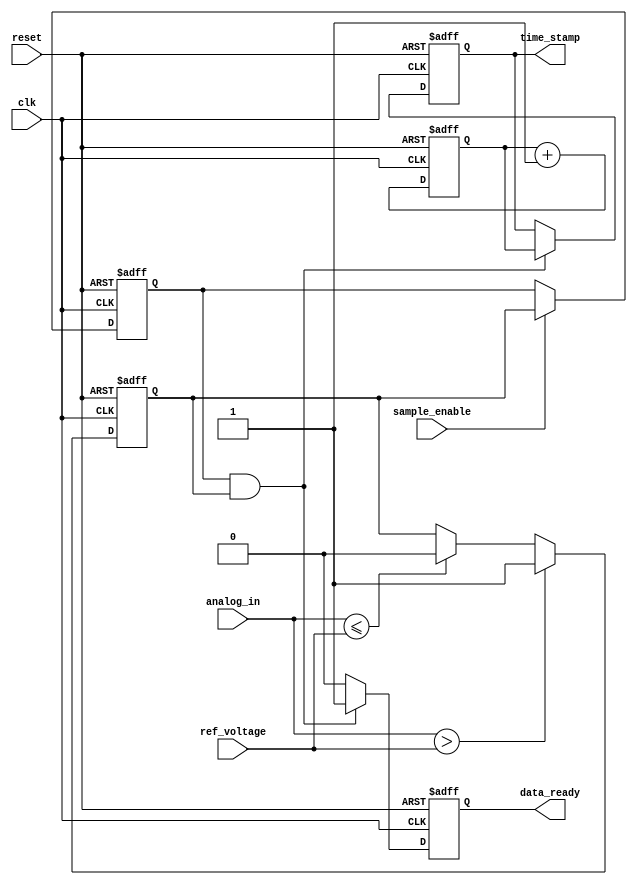
module TDC (
    input wire clk,                // System clock
    input wire reset,              // Reset signal
    input wire analog_in,          // Analog input signal (digital representation)
    input wire ref_voltage,        // Reference voltage for comparison
    input wire sample_enable,      // Control signal to start sampling
    output reg [31:0] time_stamp,  // Time stamp for transition
    output reg data_ready          // Flag indicating data is ready to be read
);

// Internal signals
reg [31:0] counter;               // High-resolution counter
reg sample_hold;                  // Sample and hold signal
reg analog_crossed;               // Signal indicating the analog input crossed reference voltage

// Analog comparator (simplified for digital representation)
always @(posedge clk or posedge reset) begin
    if (reset) begin
        analog_crossed <= 1'b0;
    end else if (analog_in > ref_voltage) begin
        analog_crossed <= 1'b1;    // Crossed reference level
    end else if (analog_in <= ref_voltage) begin
        analog_crossed <= 1'b0;    // Returned below reference level
    end
end

// Digital counter
always @(posedge clk or posedge reset) begin
    if (reset) begin
        counter <= 32'b0;
    end else begin
        counter <= counter + 1'b1;  // Increment on each clock cycle
    end
end

// Sample and hold operation
always @(posedge clk or posedge reset) begin
    if (reset) begin
        sample_hold <= 1'b0;
    end else if (sample_enable) begin
        sample_hold <= analog_crossed; // Capture the state of the analog comparator
    end
end

// Time measurement logic
always @(posedge clk or posedge reset) begin
    if (reset) begin
        time_stamp <= 32'b0;
        data_ready <= 1'b0;
    end else if (sample_hold && analog_crossed) begin
        time_stamp <= counter; // Store the current counter value as timestamp
        data_ready <= 1'b1;    // Indicate data is ready
    end else if (data_ready) begin
        data_ready <= 1'b0;    // Clear the flag for the next measurement
    end
end

endmodule